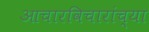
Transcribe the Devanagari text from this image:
आचारविचारांच्या